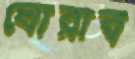
ঘোরাব